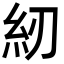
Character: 紉